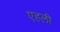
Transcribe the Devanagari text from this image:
एहली